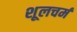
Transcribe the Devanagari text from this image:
शूलचर्म